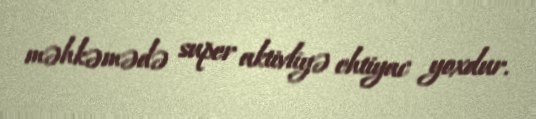
məhkəmədə super aktivliyə ehtiyac yoxdur.